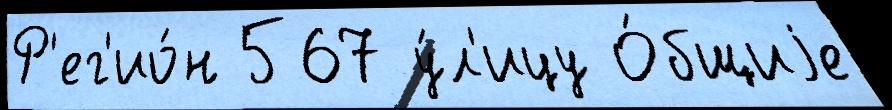
Р'ег'ио́н 567 у́л'ицу О́бщиjе